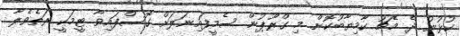
ކުޅުނު ދެ މެޗު ކާމިޔާބުކޮށް މި ގްރޫޕުން ސެމީފައިނަލަށް ގޮސްފައިވާ ޓީމަކީ ރަތެވެލާ